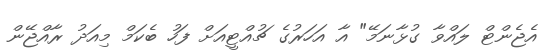
އެޖެންޓް ލައްވާ ގުޅާނަމޭ" އާ އަހަރުގެ ޗުއްޓީއަށް ފަހު ބެކަމް މިއަދު ރާއްޖޭން